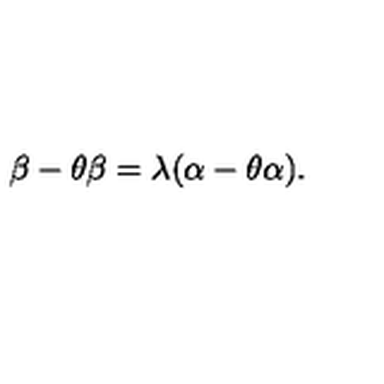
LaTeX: \beta - \theta \beta = \lambda ( \alpha - \theta \alpha ) .